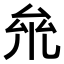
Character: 𠫱